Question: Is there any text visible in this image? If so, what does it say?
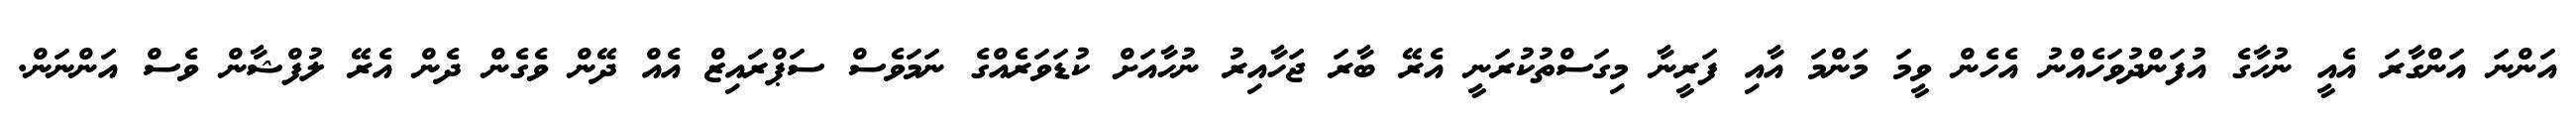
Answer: އަންނަ އަންގާރަ އެއީ ނުހާގެ އުފަންދުވަހެއްނު އެހެން ވީމަ މަންމަ އާއި ފަރީނާ މިގަސްތުކުރަނީ އެރޭ ބާރަ ޖަހާއިރު ނުހާއަށް ކުޑަވަރެއްގެ ނަމަވެސް ސަޕްރައިޒް އެއް ދޭން ވެގެން ދެން އެރޭ ލުފްޝާން ވެސް އަންނަން.